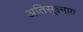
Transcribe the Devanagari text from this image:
अतिसूक्ष्माय